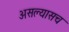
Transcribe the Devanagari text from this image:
असल्यासच